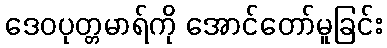
ဒေဝပုတ္တမာရ်ကို အောင်တော်မူခြင်း